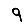
Digit: 9